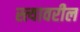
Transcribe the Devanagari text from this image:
स्त्यावरील